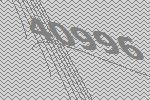
40996